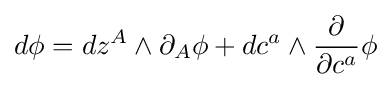
d\phi =dz^{A}\wedge \partial _{A}\phi +dc^{a}\wedge {\frac {\partial }{\partial c^{a}}}\phi